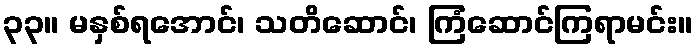
၃၃။ မနှစ်ရအောင်၊ သတိဆောင်၊ ကြံဆောင်ကြရာမင်း။